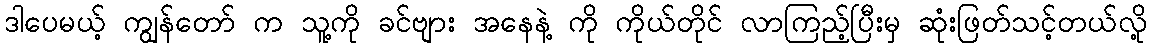
ဒါပေမယ့် ကျွန်တော် က သူ့ကို ခင်ဗျား အနေနဲ့ ကို ကိုယ်တိုင် လာကြည့်ပြီးမှ ဆုံးဖြတ်သင့်တယ်လို့